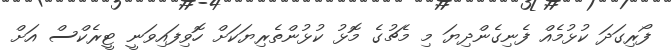
ފޯރިގަދަ ކުޅުމެއް ފެނިގެންދިޔަ މި މެޗުގެ މޮޅު ކުޅުންތެރިޔަކަށް ހޮވިފައިވަނީ ޓީރެކްސް އަށް